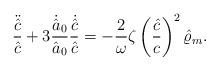
LaTeX: \begin{align*}{\ddot{\hat{c}}\over\hat{c}}+3{\dot{\hat{a}}_0\over\hat{a}_0}{\dot{\hat{c}}\over\hat{c}}=-{2\over\omega}\zeta\left({\hat{c}\over c}\right)^2\hat{\varrho}_m.\end{align*}